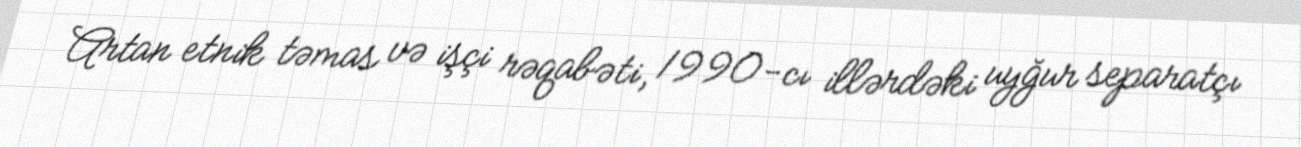
Artan etnik təmas və işçi rəqabəti, 1990-cı illərdəki uyğur separatçı